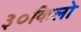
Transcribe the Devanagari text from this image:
३०किलो